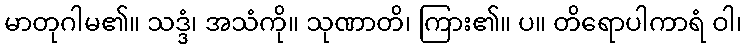
မာတုဂါမ၏။ သဒ္ဒံ၊ အသံကို။ သုဏာတိ၊ ကြား၏။ ပ။ တိရောပါကာရံ ဝါ၊